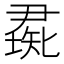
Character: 𥏰